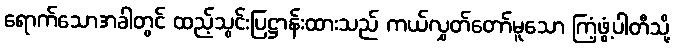
ရောက်သောအခါတွင် ထည့်သွင်းပြဋ္ဌာန်းထားသည် ကယ်လွှတ်တော်မူသော ကြံ့ဖွံ့ပါတီသို့